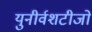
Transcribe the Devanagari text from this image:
युनीर्वशटीजो